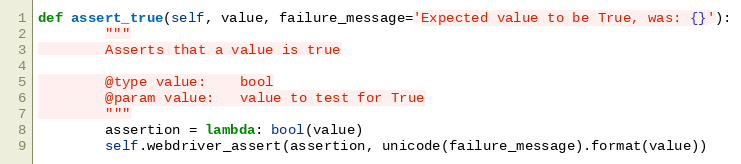
Language: Python
def assert_true(self, value, failure_message='Expected value to be True, was: {}'):
        """
        Asserts that a value is true

        @type value:    bool
        @param value:   value to test for True
        """
        assertion = lambda: bool(value)
        self.webdriver_assert(assertion, unicode(failure_message).format(value))